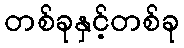
တစ်ခုနှင့်တစ်ခု